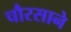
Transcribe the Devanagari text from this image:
चौरसाने